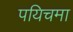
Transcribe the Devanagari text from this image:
पयिचमा